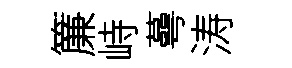
簾峙蕚涛